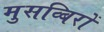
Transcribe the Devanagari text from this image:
मुसव्बिरों